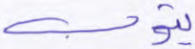
يتوب